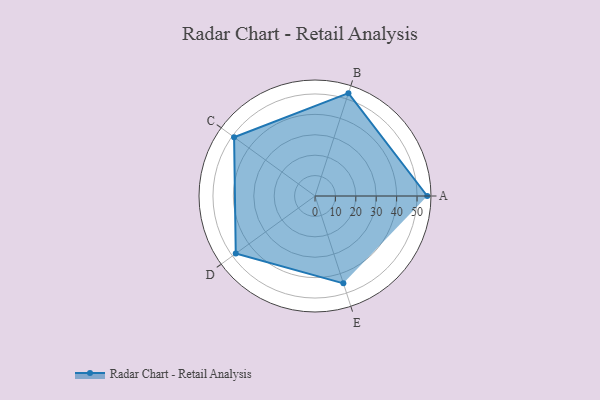
{"axis": {"x": "Skill", "y": "Score"}, "legend": ["Profile"], "data": [{"x": "A", "y": 55.0, "type": "Profile"}, {"x": "B", "y": 53.0, "type": "Profile"}, {"x": "C", "y": 49.0, "type": "Profile"}, {"x": "D", "y": 48.0, "type": "Profile"}, {"x": "E", "y": 45.0, "type": "Profile"}]}